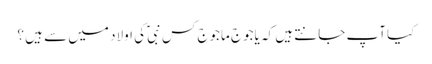
کیا آپ جانتے ہیں کہ یاجوج ماجوج کس نبیؑ کی اولاد میں سے ہیں ؟